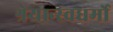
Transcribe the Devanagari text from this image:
श्रेयान्स्वधर्मो